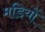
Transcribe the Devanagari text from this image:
मडियों